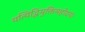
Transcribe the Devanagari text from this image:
यत्यिद्धिमुक्तिमहोदयं।